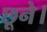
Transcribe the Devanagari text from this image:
छूने।